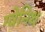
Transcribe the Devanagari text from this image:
ग्वेनिथ